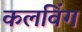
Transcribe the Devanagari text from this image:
कलविंग